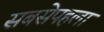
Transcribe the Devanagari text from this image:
सबसेपहला